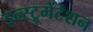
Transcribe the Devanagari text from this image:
इन्स्ट्रूमेंटेशन